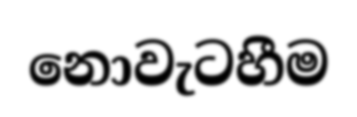
නොවැටහීම